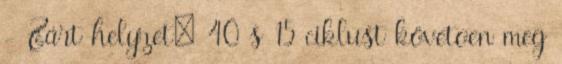
- Zárt helyzet: 40 s 15 ciklust követõen meg